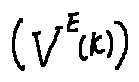
( V ^ { E } ( k ) )